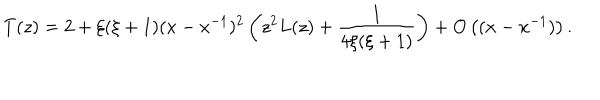
LaTeX: T ( z ) = 2 + \xi ( \xi + 1 ) ( x - x ^ { - 1 } ) ^ { 2 } \left( z ^ { 2 } L ( z ) + { \frac { 1 } { 4 \xi ( \xi + 1 ) } } \right) + O \left( ( x - x ^ { - 1 } ) \right) .